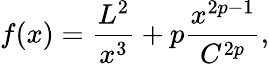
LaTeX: f(x)=\frac{L^{2}}{x^{3}}+p\frac{x^{2p-1}}{C^{2p}},